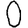
Digit: 0